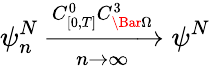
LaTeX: \psi_{n}^{N}\xrightarrow[n\rightarrow\infty]{C_{[0,T]}^{0}C_{\Bar{\Omega}}^{3}}\psi^{N}